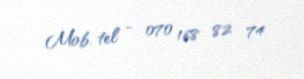
Mob. tel - 070 168 82 74